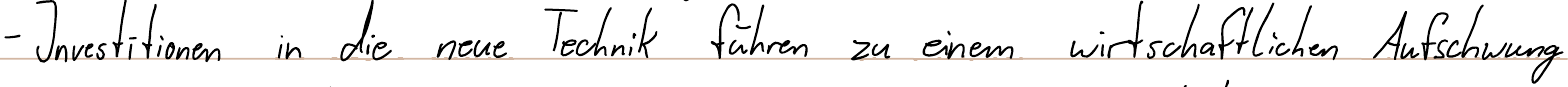
- Investitionen in die neue Technik führen zu einem wirtschaftlichen Aufschwung